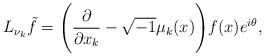
LaTeX: \begin{align*}L_{\nu_k}\tilde{f} = \Bigg( \frac{\partial}{\partial x_k} - \sqrt{-1} \mu_k(x) \Bigg) f(x)e^{i\theta},\end{align*}